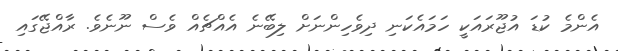
އެންމެ ކުޑަ އުޖޫރައަކީ ހަމައެކަނި ދިވެހިންނަށް ލިބޭނެ އެއްޗެއް ވެސް ނޫނެވެ. ރާއްޖޭގައި